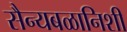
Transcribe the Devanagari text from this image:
सैन्यबळानिशी